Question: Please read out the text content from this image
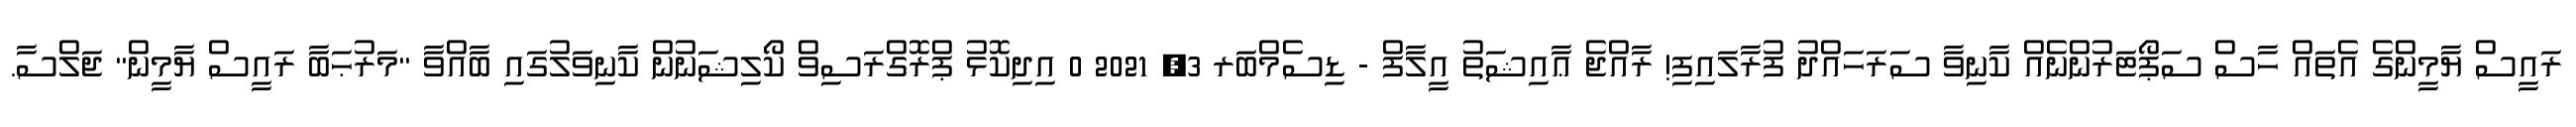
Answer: ރައީސް ޔާމީންގެ އެތައް ހާސް ސަޕޯޓަރުންނެއް ކާނިވާ ސަރަހައްދު ފުރާލައިފި! ރާއްޖެ ޢާއިޝަތު އީލާފް - ޑިސެމްބަރ 3, 2021 0 އިދިކޮޅު ޕްރޮގްރަސިވް ކޯލިޝަނުން ކާނިވަލުގައި ބާއްވާ "މަރުޙަބާ ރައީސް ޔާމީން" ޖަލްސާ.